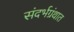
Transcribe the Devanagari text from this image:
संदर्भग्रंथात